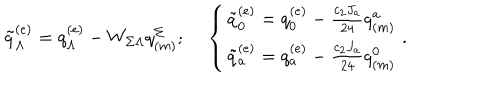
\tilde { q } _ { \Lambda } ^ { ( e ) } = q _ { \Lambda } ^ { ( e ) } - W _ { \Sigma \Lambda } q _ { ( m ) } ^ { \Sigma } ; \left\{ \begin{matrix} { { \tilde { q } _ { 0 } ^ { ( e ) } = q _ { 0 } ^ { ( e ) } - { \frac { c _ { 2 } J _ { a } } { 2 4 } } q _ { ( m ) } ^ { a } } } \\ { { \tilde { q } _ { a } ^ { ( e ) } = q _ { a } ^ { ( e ) } - { \frac { c _ { 2 } J _ { a } } { 2 4 } } q _ { ( m ) } ^ { 0 } } } \\ \end{matrix} \right. .